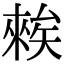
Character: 𥏳